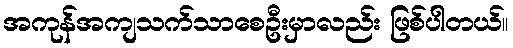
အကုန်အကျသက်သာစေဦးမှာလည်း ဖြစ်ပါတယ်။